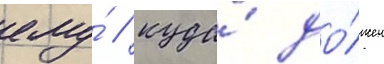
ему́ / куда́ до́лжен